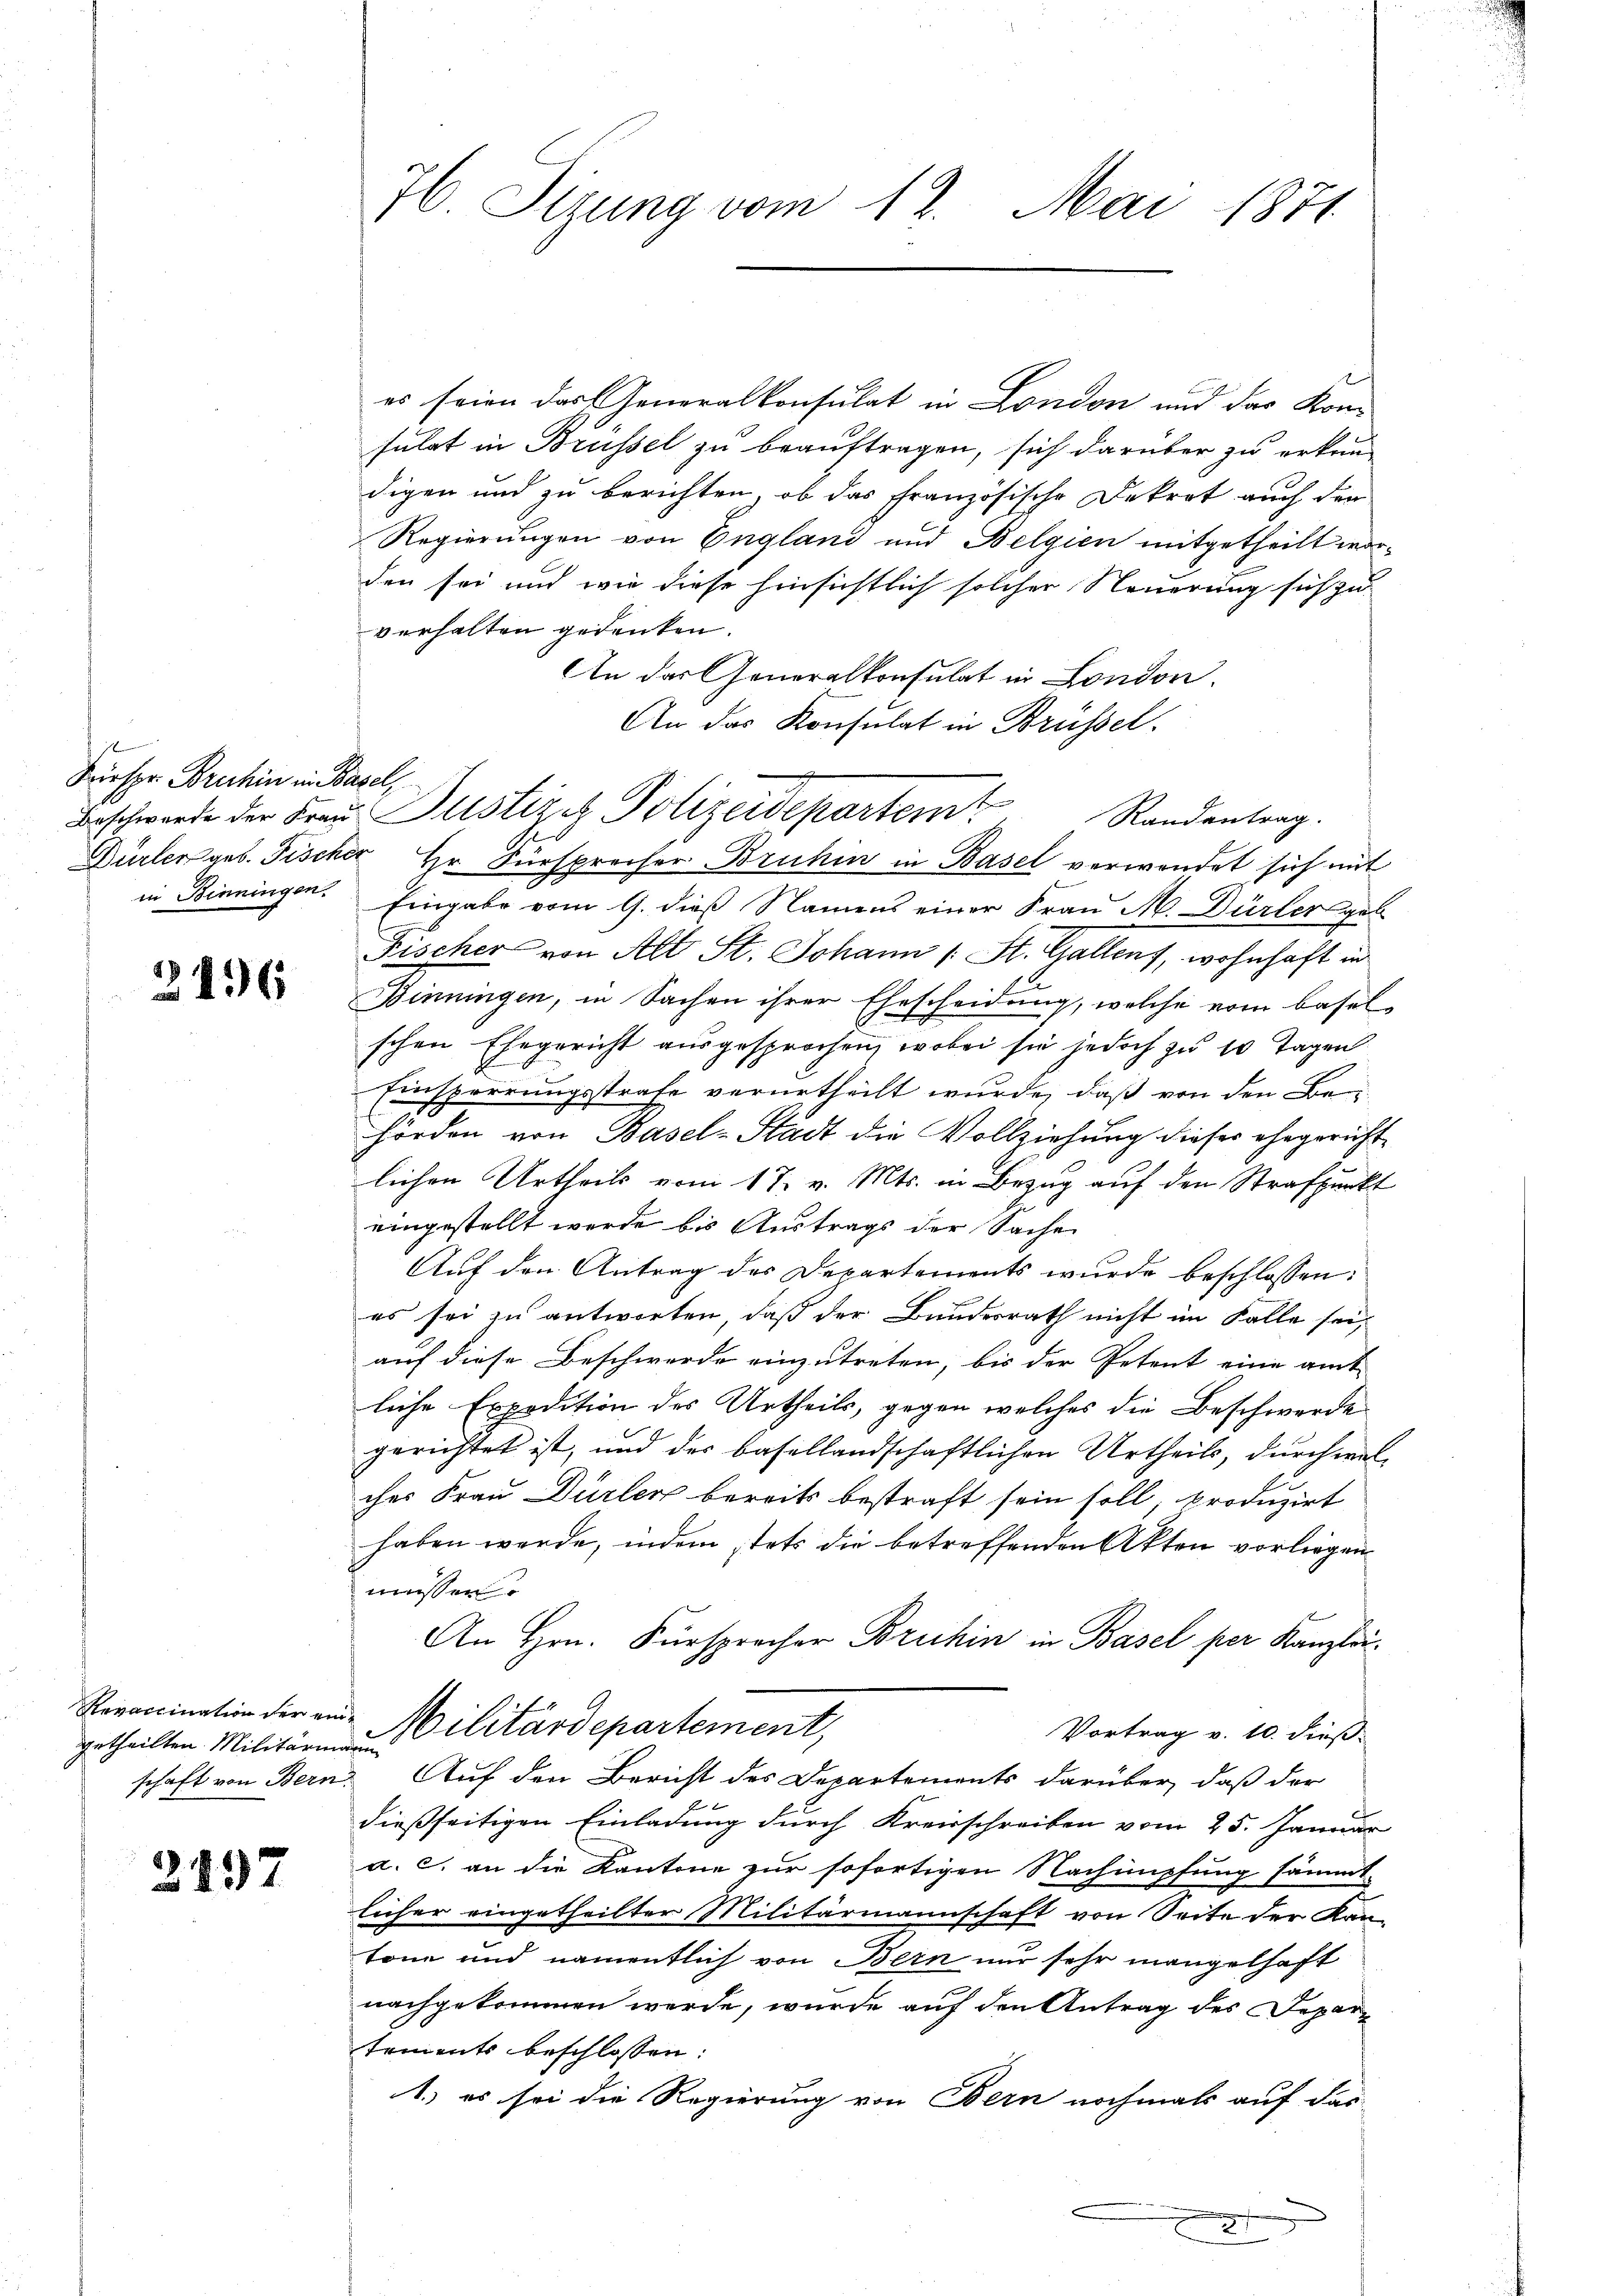
j
Sirspr. Bruhin in Basel,
in Binningen.

2496

Revaccination der ein
getheilten Militärin
schaft von Bern.

3497

76. Sizung vom 12. Mai 1871

es seien das Generalkonsulat in London und das Kom
sulat in Brüssel zu beauftragen, sich darüber zu erken-
digen und zu berichten, ob das französische Dekret auch den
Regierungen von England und Belgien mitgetheilt worden sei und wie diese hinsichtlich solcher Neuerung sich zu
verhalten gedenken.
An der Generalkonsulat in London.
An das Konsulat in Brüssel.
Beschwerte der Frau Justizes Polizeidepartemt
Randantrag.
Dürler geb. Fischer Hr. Fürsprecher Bruhin in Basel verwendet sich mit
Eingabe vom 9. dieß Namens einer Frau M. Dürler gel
Fischer von Alt St. Johann (: St. Gallen, wohnhaft in
Binningen, in Sachen ihrer Ehescheidung, welche vom Basel-
schen Ehegericht ausgesprochen, wobei sie jedoch zu 10 Tagen
Einsperrungsstrafe verurtheilt wurde, daß von den Behörden von Basel-Stadt die Vollziehung dieses ehegericht
lichen Urtheils vom 17. v. Mts. in Bezug auf den Strafpunkt
eingestellt werde bis Austrags der Sache
Auf den Antrag des Departements wurde beschlossen:
es sei zu antworten, daß der Bundesrath nicht im Falle sei,
auf diese Beschwerde einzutreten, bis der Petent eine amt
liche Expedition des Urtheils, gegen welches die Beschwerde
gerichtet ist, und der basellandschaftlichen Urtheils, durch welches Frau Dürler bereits bestraft sein soll, produzirt
haben werde, indem stets die betreffenden Akten vorliegen
müssen
An Hrn. Fürspracher Bruhin in Basel per Kanzlei.
Militärdepartement,
Vortrag v. 10. dieß.
n
 Auf den Bericht des Departements darüber, daß der
dießseitigen Einladung durch Kreisschreiben vom 25. Januar
a. c. an die Kantone zur sofortigen Nachimpfung sämmt-
licher eingetheilter Militärmannschaft von Seite der Kan-
tone und namentlich von Bern nur sehr mangelhaft
nachgekommen werde, wurde auf den Antrag des Departements beschlossen:
1.) es sei die Regierung von Bern nochmals auf das
x